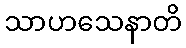
သာဟသေနာတိ